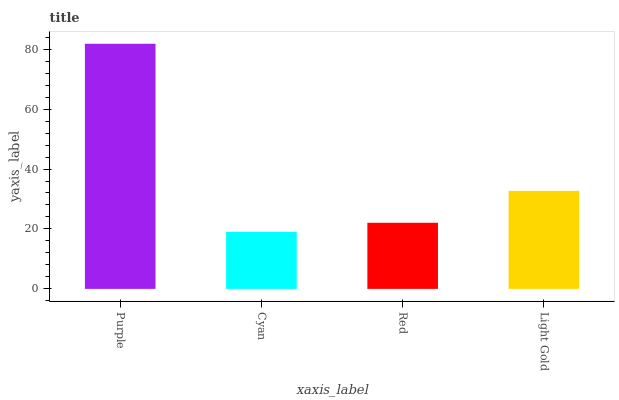
| xaxis_label | bars |
 | --- | --- |
 | Purple | 81.8 |
 | Cyan | 19 |
 | Red | 22.1 |
 | Light Gold | 32.7 |